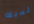
لديك